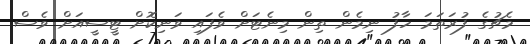
މެޗުގެ ފުރަތަމަ ހާފު ނިމެން ތިން މިނެޓަށް ވެފައި ވަނިކޮށް ޓީސީއަށް ވެސް